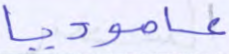
عاموديا